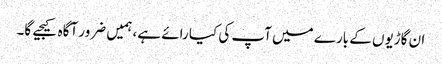
ان گاڑیوں کے بارے میں آپ کی کیا رائے ہے، ہمیں ضرور آگاہ کیجیے گا۔